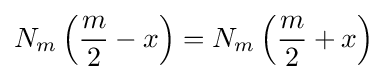
N_{m}\left({\frac {m}{2}}-x\right)=N_{m}\left({\frac {m}{2}}+x\right)